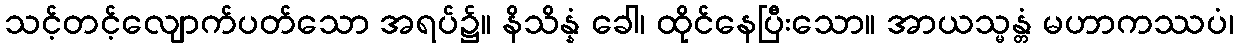
သင့်တင့်လျောက်ပတ်သော အရပ်၌။ နိသိန္နံ ခေါ၊ ထိုင်နေပြီးသော။ အာယသ္မန္တံ မဟာကဿပံ၊